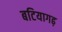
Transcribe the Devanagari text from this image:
बटियागढ़